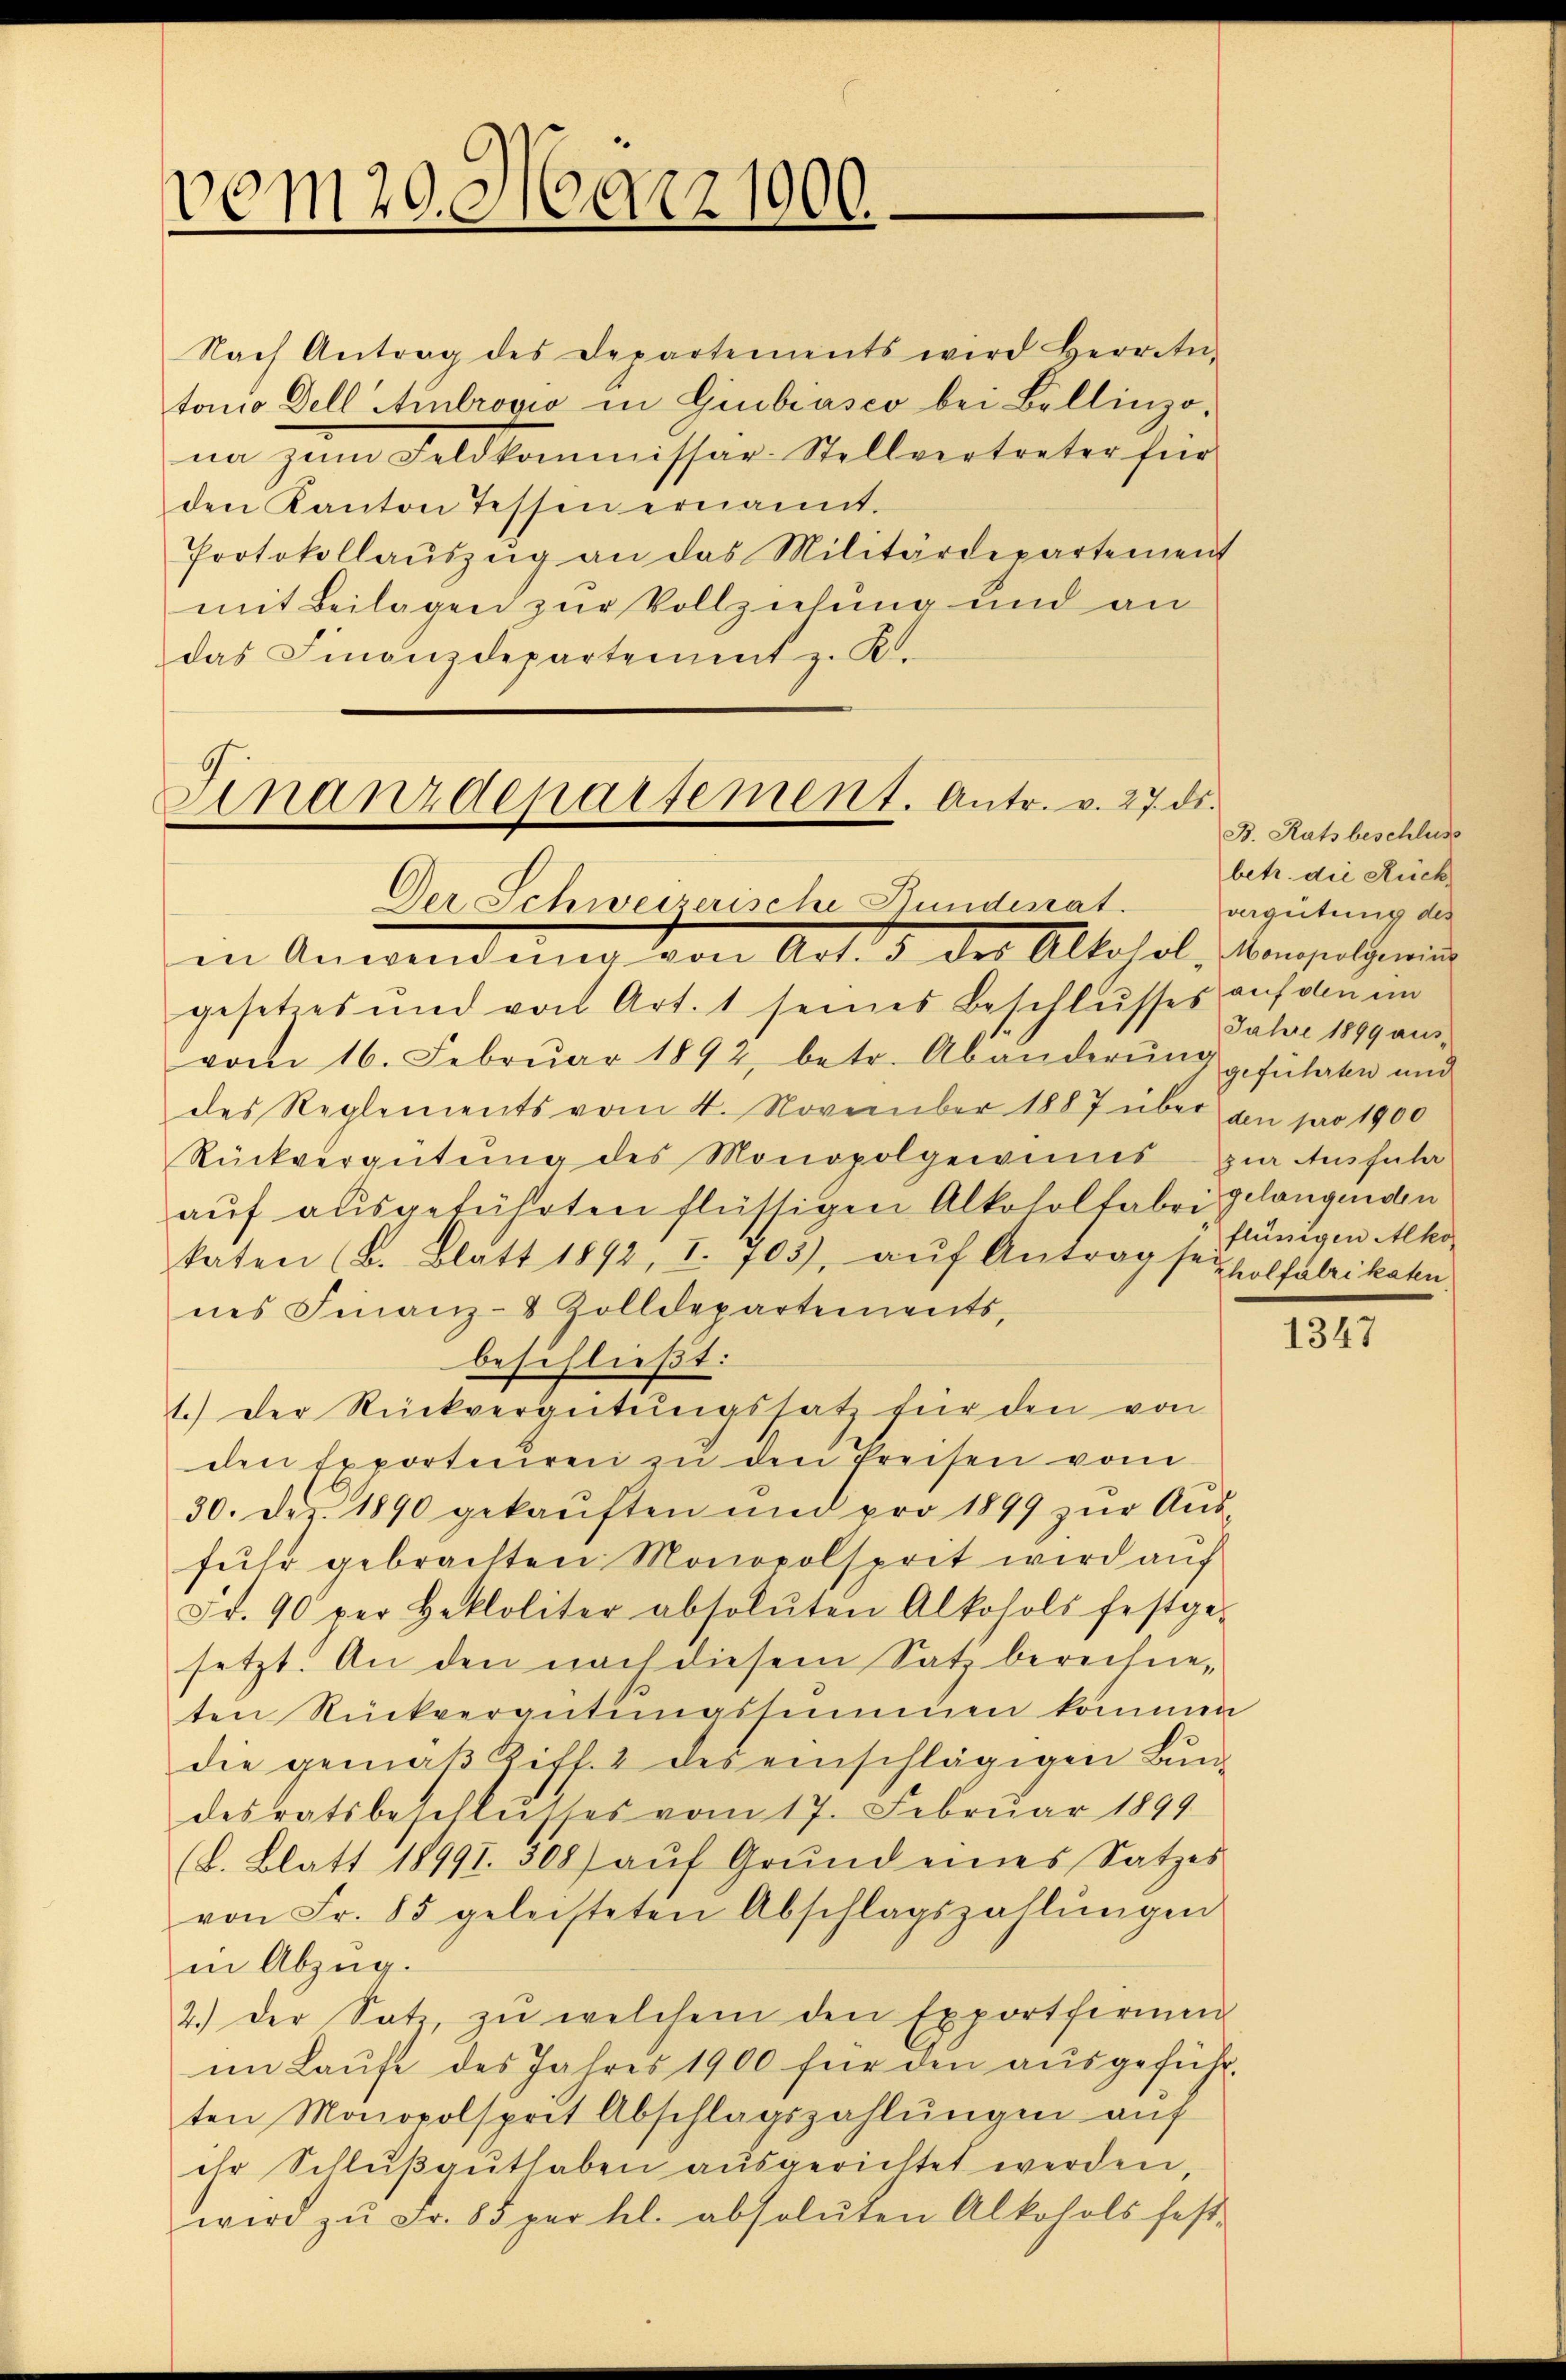
vom 20. März 1900.

Nach Antrag des Departements wird Herretn-
tonio dell Ambrović in Giubiasco bei Bellinzo,
na zum Feldkommissar Stellvertreter für
den Kanton Tessen ernannt.
Protokollauszug an das Militärdepartement
mit Beilagen zur Vollziehung und an
das Finanzdepartement z. K.

Finanzdepartement. Antr. v. 27. ds.
Der Schweizerische Stundesrat.
in Anwendung von Art. 3 des Altohol, Konseil meinde

gesetzes und von Art. 1 seines Beschlusses auf den im
vom 16. Februar 1892, betr. Abänderŭng geführten und
des Reglements vom 4. November 1887 über an pro 1900
Rückvergütŭng des Monopolgewinns zur Ausführ
auf ausgeführten flüssigen Alkoholfabri gelangenden
katen (B. Blatt 1892, I. 703), aŭf Antrag sei holfabrikaten.
nes Finanz-8 Zolldepartements-
beschließt:
1.) Der Rückvergütungssatz für den von
den Exporteuren zu den Preisen vom
30. Dez. 1890 gekauften und pro 1899 zur Ausfuhr gebrachten Monopolsprit wird auf
Fr. 90 per Hekloliter absoluten Alkohols festge-
setzt. An den nach diesem Satz berechneten Rückvergütŭngssummen kommen
die gemäβ Ziff. 2 des einschlägigen Bun-
desratsbeschlŭsses vom 17. Februar 1899
(B. Blatt 18991. 308) aŭf Grŭnd eines Satzes
von Fr. 85 geleisteten Abschlagszahlŭngen
in Abzug.
2.) Der Satz, zŭ welchem den Exportfernen
im Laŭfe des Jahres 1900 für den aŭsgeführten Monopolsprit Abschlagszahlungen auf
ihr Schlußguthaben ausgerichtet werden
wird zŭ Fr. 85 per hl. absoluten Alkohols fest-

B. Rats beschluss
betr. die Rück
vergütung des
Jahre 1899 aus-
flüssigen Alko

1347